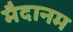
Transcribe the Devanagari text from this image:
मैदानम